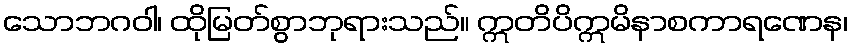
သောဘဂဝါ၊ ထိုမြတ်စွာဘုရားသည်။ ဣတိပိဣမိနာစကာရဏေန၊